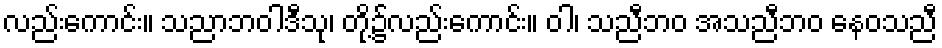
လည်းကောင်း။ သညာဘဝါဒီသု၊ တို့၌လည်းကောင်း။ ဝါ၊ သညီဘဝ အသညီဘဝ နေဝသညီ